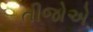
તીજોએ